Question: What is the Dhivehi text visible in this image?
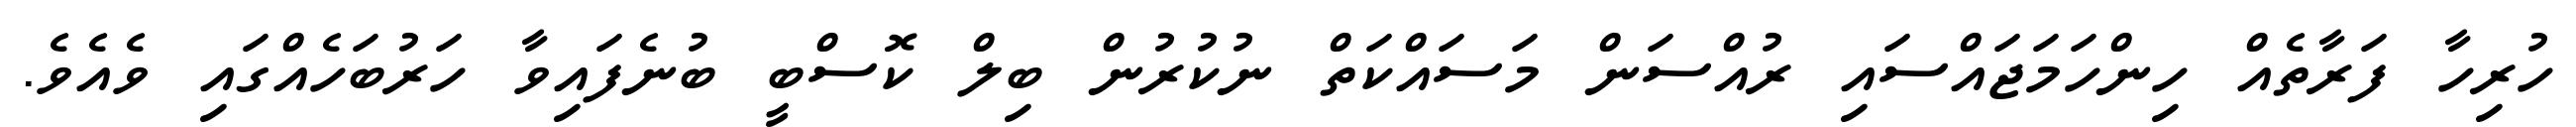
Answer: ހުރިހާ ފަރާތެއް ހިންހަމަޖައްސައި ރުއްސަން މަސައްކަތް ނުކުރުން ބިލް ކޮސްބީ ބުނެފައިވާ ހަރުބަހެއްގައި ވެއެވެ.